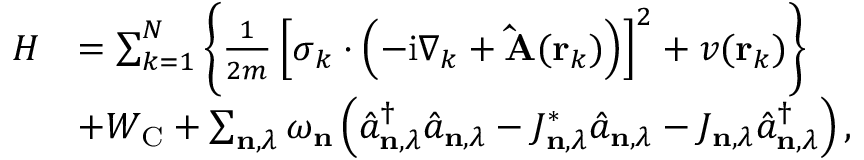
\begin{array} { r l } { H } & { = \sum _ { k = 1 } ^ { N } \left\{ \frac { 1 } { 2 m } \left[ \boldsymbol { \sigma } _ { k } \cdot \left( - \mathrm { i } \nabla _ { k } + \mathbf { \hat { A } } ( \mathbf { r } _ { k } ) \right) \right] ^ { 2 } + v ( \mathbf { r } _ { k } ) \right\} } \\ & { + W _ { \mathrm { C } } + \sum _ { \mathbf { n } , \lambda } \omega _ { \mathbf { n } } \left( \hat { a } _ { \mathbf { n } , \lambda } ^ { \dagger } \hat { a } _ { \mathbf { n } , \lambda } - J _ { \mathbf { n } , \lambda } ^ { * } \hat { a } _ { \mathbf { n } , \lambda } - J _ { \mathbf { n } , \lambda } \hat { a } _ { \mathbf { n } , \lambda } ^ { \dagger } \right) , } \end{array}